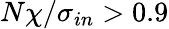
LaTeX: N\chi/\sigma_{in}>0.9